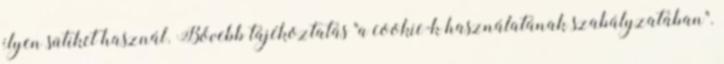
ilyen sütiket használ. Bővebb tájékoztatás "a cookie-k használatának szabályzatában".